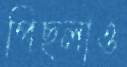
পিছ্‌লাও